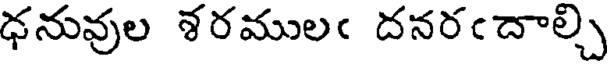
ధనువుల శరములఁ దనరఁదాల్చి